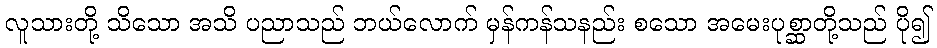
လူသားတို့ သိသော အသိ ပညာသည် ဘယ်လောက် မှန်ကန်သနည်း စသော အမေးပုစ္ဆာတို့သည် ပို၍